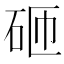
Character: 砸